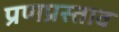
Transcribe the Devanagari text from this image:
प्रणप्रस्ताव